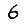
Digit: 6